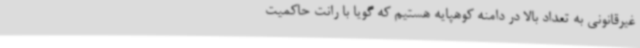
غیرقانونی به تعداد بالا در دامنه کوهپایه هستیم که گویا با رانت حاکمیت